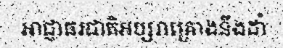
អាជ្ញាធរជាតិអប្សរាគ្រោងនឹងដាំ